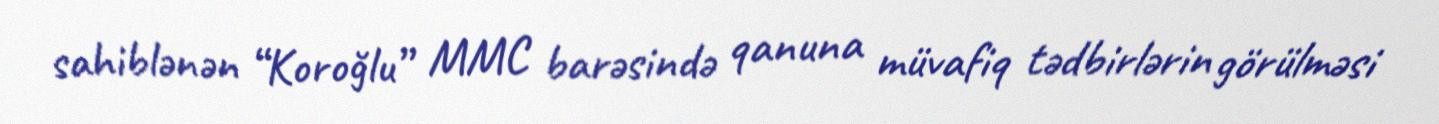
sahiblənən “Koroğlu” MMC barəsində qanuna müvafiq tədbirlərin görülməsi